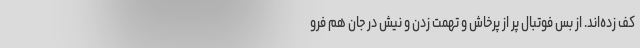
کف زده‌اند. از بس فوتبال پر از پرخاش و تهمت زدن و نیش در جان هم فرو